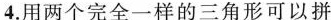
4.用两个完全一样的三角形可以拼